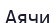
Аячи